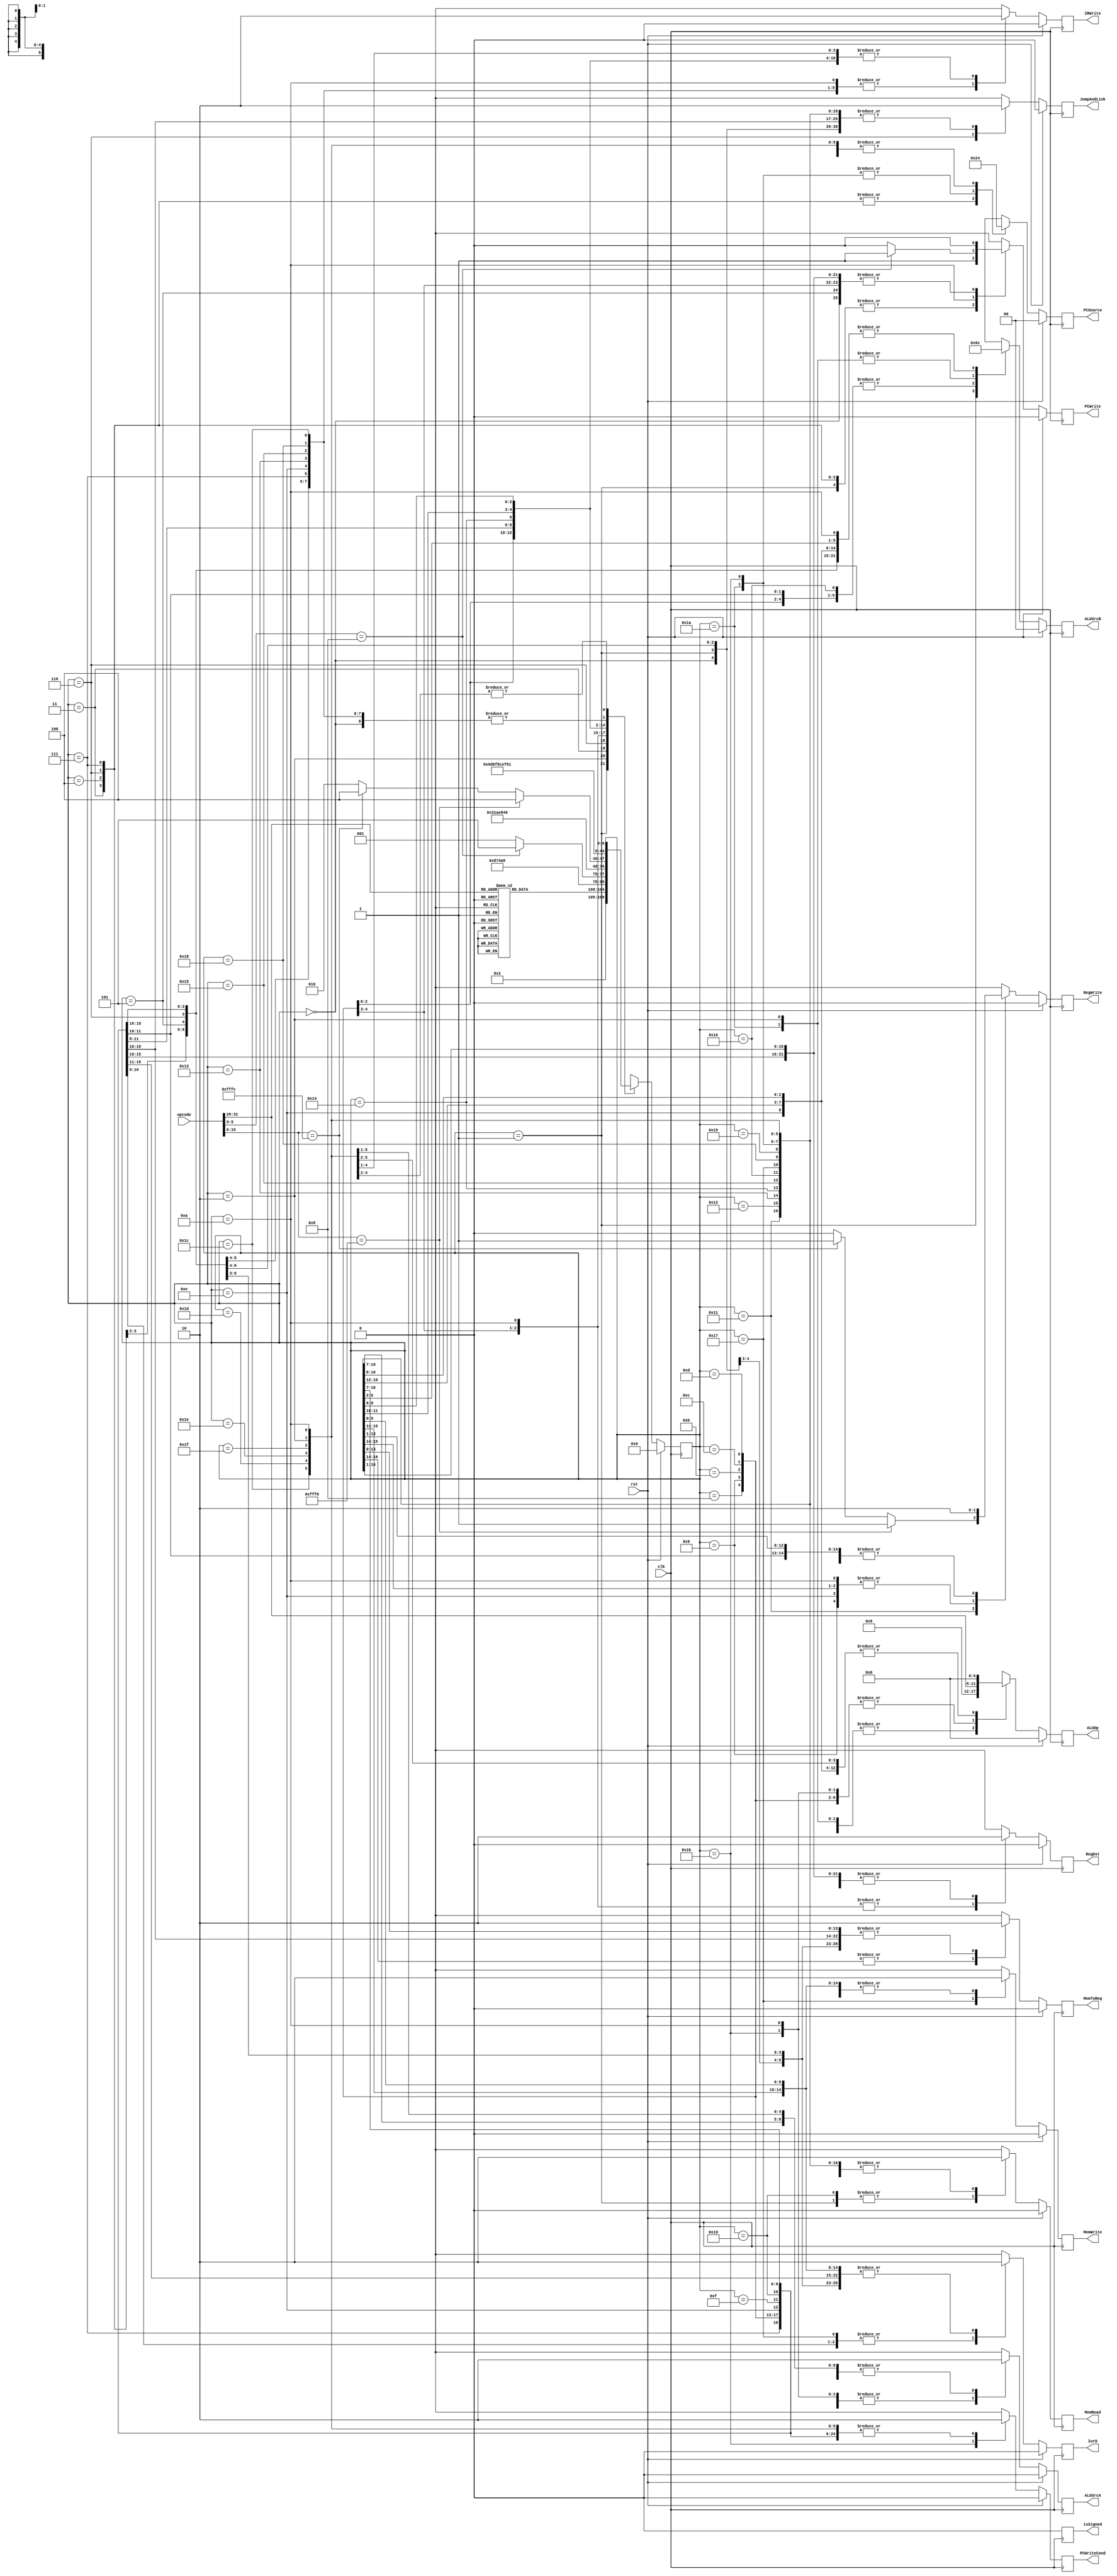
/************************************************************
 * Description: MIPS Pipeline Controller
 ************************************************************/

module mips_controller( input clk,
                        input rst,
                        input [31:0]    opcode,
                        output reg          PCWriteCond,
                        output reg          PCWrite,
                        output reg          IorD,
                        output reg          MemRead,
                        output reg          MemWrite,
                        output reg          MemToReg,
                        output reg          IRWrite,
                        output reg          isSigned,
                        output reg [1:0]    PCSource,
                        output reg [5:0]    ALUOp,
                        output reg          ALUSrcA,
                        output reg [1:0]    ALUSrcB,
                        output reg          RegWrite,
                        output reg          RegDst,
                        output reg          JumpAndLink);

    /* Controller States */
    localparam
        INIT                = 5'd0,
        INSTRUCTION_FETCH   = 5'd1,
        INSTRUCTION_DECODE  = 5'd2,
        JUMP_STATE_0        = 5'd3,
        JUMP_STATE_1        = 5'd4,
        JR_STATE            = 5'd5,
        JUMP_LINK_STATE_0   = 5'd6,
        JUMP_LINK_STATE_1   = 5'd7,
        R_TYPE_0            = 5'd8,
        R_TYPE_1            = 5'd9,
        R_TYPE_2            = 5'd10,
        IMMEDIATE_0         = 5'd11,
        IMMEDIATE_1         = 5'd12,
        IMMEDIATE_2         = 5'd13,
        IMMEDIATE_3         = 5'd14,
        LOAD_0              = 5'd15,
        LOAD_1              = 5'd16,
        LOAD_2              = 5'd17,
        LOAD_3              = 5'd18,
        LOAD_4              = 5'd19,
        LOAD_PORT_0         = 5'd20,
        LOAD_PORT_1         = 5'd21,
        STORE_0             = 5'd22,
        STORE_1             = 5'd23,
        STORE_2             = 5'd24,
        WAIT                = 5'd25,
        BRANCH_0            = 5'd26,
        BRANCH_1            = 5'd27,
        BRANCH_2            = 5'd28,
        DUMMY_0             = 5'd29,
        DUMMY_1             = 5'd30,
        DUMMY_2             = 5'd31;

    /* State Signals */
    reg [4:0] state;
    reg [4:0] debug_state;
    always @(posedge clk)
    begin
        /* Reset All Outputs */
        if (rst) begin
            state       = INIT;
            PCWriteCond = 0;
            JumpAndLink = 0;
            PCWrite     = 0;
            IorD        = 0;
            MemRead     = 0;
            MemWrite    = 0;
            MemToReg    = 0;
            IRWrite     = 0;
            isSigned    = 0;
            PCSource    = 0;
            ALUOp       = 0;
            ALUSrcA     = 0;
            ALUSrcB     = 0;
            RegWrite    = 0;
            RegDst      = 0;
        end else begin /* End of if rst */
            debug_state <= state;
            /* Initialize Outputs Before Assignment */
            PCWriteCond = 0;
            JumpAndLink = 0;
            PCWrite     = 0;
            IorD        = 0;
            MemRead     = 0;
            MemWrite    = 0;
            MemToReg    = 0;
            IRWrite     = 0;
            isSigned    = 0;
            PCSource    = 0;
            ALUOp       = 0;
            ALUSrcA     = 0;
            ALUSrcB     = 0;
            RegWrite    = 0;
            RegDst      = 0;

            case (state)
                INIT:
                    begin
                        state   = INSTRUCTION_FETCH;
                        IRWrite = 1;
                    end

                INSTRUCTION_FETCH:
                    begin
                        state   = INSTRUCTION_DECODE;
                        PCWrite = 1;
                        MemRead = 1;
                        IRWrite = 1;
                        ALUOp   = 6'b001001;
                        ALUSrcB = 2'b01;
                    end

                INSTRUCTION_DECODE:
                    begin
                        ALUSrcA = 0;
                        ALUSrcB = 2'b11;
                        ALUOp   = 6'b001001;
                        case (opcode[31:26])
                            6'b000000:
                                state   = R_TYPE_0;
                            6'b000010:
                                state   = JUMP_STATE_0;
                            6'b000011:
                                state   = JUMP_LINK_STATE_0;
                            6'b000100:
                                state   = BRANCH_0;
                            6'b000101:
                                state   = BRANCH_0;
                            6'b001001:
                                state   = IMMEDIATE_1;
                            6'b001010:
                                state   = IMMEDIATE_1;
                            6'b001100:
                                state   = IMMEDIATE_1;
                            6'b001101:
                                state   = IMMEDIATE_1;
                            6'b001110:
                                state   = IMMEDIATE_1;
                            6'b010000:
                                state   = IMMEDIATE_1;
                            6'b100011:
                                state   = LOAD_0;
                            6'b101011:
                                state   = STORE_0;
                            6'b111111:
                                state   = WAIT;
                            default:
                                state   = INSTRUCTION_DECODE;
                        endcase
                    end

                JUMP_STATE_0:
                    begin
                        PCWrite     = 1;
                        PCSource    = 2'b10;
                        state       = JUMP_STATE_1;
                    end

                JUMP_STATE_1:
                    begin
                        PCWrite     = 1;
                        PCSource    = 2'b10;
                        IRWrite     = 1;
                        state       = INSTRUCTION_FETCH;
                    end

                JR_STATE:
                    begin
                        IRWrite     = 1;
                        state       = INSTRUCTION_FETCH;
                    end

                JUMP_LINK_STATE_0:
                    begin
                        PCWrite     = 1;
                        PCSource    = 2'b10;
                        JumpAndLink = 1;
                        state       = JUMP_LINK_STATE_1;
                    end

                JUMP_LINK_STATE_1:
                    begin
                        PCWrite     = 1;
                        PCSource    = 2'b10;
                        IRWrite     = 1;
                        state       = INSTRUCTION_FETCH;
                    end

                R_TYPE_0:
                    begin
                        ALUSrcA     = 1;
                        ALUSrcB     = 0;
                        ALUOp       = opcode[31:26];
                        MemToReg    = 0;
                        RegDst      = 1; // SHP Debug - check if regdst 1 cycle earlier fixes wrong reg write
                        state       = R_TYPE_1;
                    end

                R_TYPE_1:
                    begin
                        ALUSrcA     = 1;
                        ALUSrcB     = 0;
                        ALUOp       = opcode[31:26];
                        MemToReg    = 0;
                        RegDst      = 1;
                        RegWrite    = 1; // SHP Debug checking if this works for all cycles
                        state       = R_TYPE_2;
                    end

                R_TYPE_2:
                    begin
                        ALUSrcA     = 1;
                        ALUSrcB     = 0;
                        ALUOp       = opcode[31:26];
                        MemToReg    = 0;
                        RegDst      = 1;
                        RegWrite    = 1;
                        IRWrite     = 1;
                        state       = INSTRUCTION_FETCH;
                        if (opcode[5:0] == 6'b001000) begin
                            PCWrite = 1;
                            state   = JR_STATE;
                        end
                    end

                IMMEDIATE_0:
                    begin
                        ALUSrcA     = 1;
                        ALUSrcB     = 2'b10;
                        ALUOp       = opcode[31:26];
                        state       = IMMEDIATE_1;
                    end

                IMMEDIATE_1:
                    begin
                        ALUSrcA     = 1;
                        ALUSrcB     = 2'b10;
                        ALUOp       = opcode[31:26];
                        state       = IMMEDIATE_2;
                    end

                IMMEDIATE_2:
                    begin
                        ALUSrcA     = 1;
                        ALUSrcB     = 2'b10;
                        ALUOp       = opcode[31:26];
                        RegDst      = 0;
                        RegWrite    = 0;
                        state       = IMMEDIATE_3;
                    end

                IMMEDIATE_3:
                    begin
                        RegDst      = 0;
                        RegWrite    = 1;
                        IRWrite     = 1;
                        state       = INSTRUCTION_FETCH;
                    end

                LOAD_0:
                    begin
                        ALUSrcA     = 1;
                        ALUSrcB     = 2'b10;
                        ALUOp       = 6'b001001;
                        state       = LOAD_1;
                    end

                LOAD_1:
                    begin
                        ALUSrcA     = 1;
                        ALUSrcB     = 2'b10;
                        MemRead     = 1;
                        IorD        = 1;
                        ALUOp       = 6'b001001; // SHP Debug to get correct data value from memory
                        state       = LOAD_2;
                    end

                LOAD_2:
                    begin
                        RegDst      = 0;
                        MemToReg    = 1;
                        RegWrite    = 0; //SHP testing if 0 fixes it
                        IorD        = 1; // Adding this back
                        if (opcode[15:0] == 16'hFFF8) begin
                            RegWrite    = 1;
                            state       = LOAD_PORT_0;
                        end else if (opcode[15:0] == 16'hFFFC) begin
                            RegWrite    = 1;
                            state       = LOAD_PORT_0;
                        end else begin
                            state       = LOAD_3;
                        end
                    end

                LOAD_3:
                    begin
                        RegDst      = 0;
                        MemToReg    = 1;
                        RegWrite    = 1;
                        state       = LOAD_4;
                    end

                LOAD_4:
                    begin
                        RegDst      = 0;
                        MemToReg    = 1;
                        RegWrite    = 1; // SHP debug checking extend at end
                        IRWrite     = 1;
                        state       = INSTRUCTION_FETCH;
                    end

                LOAD_PORT_0:
                    begin
                        state       = LOAD_PORT_1;
                    end

                LOAD_PORT_1:
                    begin
                        IRWrite     = 1;
                        state       = INSTRUCTION_FETCH;
                    end

                STORE_0:
                    begin
                        ALUSrcA     = 1;
                        ALUSrcB     = 2'b10;
                        ALUOp       = 6'b001001;
                        state       = STORE_1;
                    end

                STORE_1:
                    begin
                        MemWrite    = 1;
                        IorD        = 1;
                        state       = STORE_2;
                    end

                STORE_2:
                    begin
                        MemWrite    = 0;
                        IorD        = 0;
                        IRWrite     = 1;
                        state       = INSTRUCTION_FETCH;
                    end

                WAIT:
                    begin
                        state       = WAIT;
                    end

                BRANCH_0:
                    begin
                        PCWriteCond = 0;
                        PCSource    = 2'b01;
                        ALUOp       = 6'b001001;
                        ALUSrcA     = 0;
                        ALUSrcB     = 2'b11;
                        state       = BRANCH_1;
                    end

                BRANCH_1:
                    begin
                        PCWriteCond = 1;
                        PCSource    = 2'b01;
                        ALUOp       = opcode[31:26];
                        ALUSrcA     = 1;
                        ALUSrcB     = 0;
                        state       = BRANCH_2;
                    end

                BRANCH_2:
                    begin
                        IRWrite     = 1;
                        state       = INSTRUCTION_FETCH;
                    end

                DUMMY_0:
                    begin
                    end

                DUMMY_1:
                    begin
                    end

                DUMMY_2:
                    begin
                    end

            endcase /* End case states */

        end /* End of if rst else */
//        debug_state = state;
    end /* End of posedge clk */

endmodule